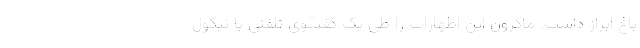
باغ ابراز داشت. ماکرون این اظهارات را طی یک گفتگوی تلفنی با نیکول